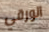
الورقي